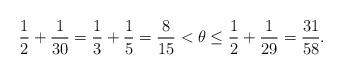
LaTeX: \begin{align*}\frac{1}{2} + \frac{1}{30} = \frac{1}{3} + \frac{1}{5} = \frac{8}{15} < \theta \leq \frac{1}{2} + \frac{1}{29} = \frac{31}{58}.\end{align*}